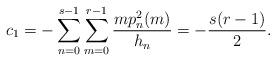
LaTeX: \begin{align*}c_1=-\sum_{n=0}^{s-1}\sum_{m=0}^{r-1}\frac{m p_n^2(m)}{h_n}=-\frac{s(r-1)}{2}.\end{align*}